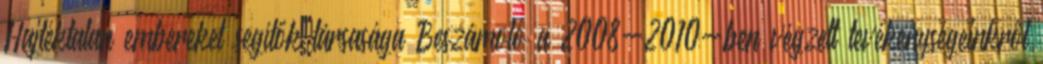
Hajléktalan embereket segítők társasága Beszámoló a 2008-2010-ben végzett tevékenységeinkről